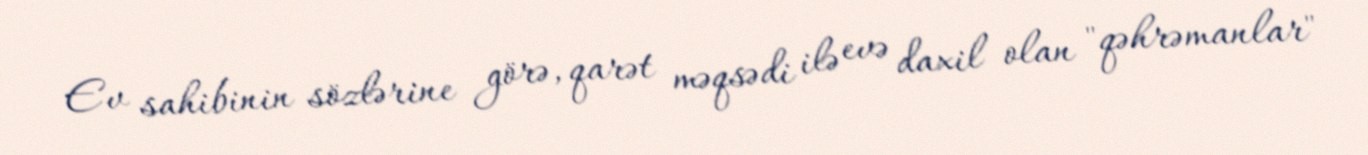
Ev sahibinin sözlərine görə, qarət məqsədi ilə evə daxil olan "qəhrəmanlar"